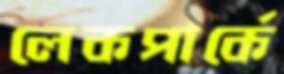
লেকপার্কে